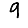
Digit: 9